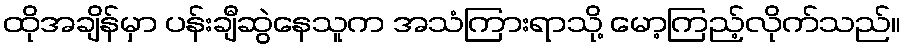
ထိုအချိန်မှာ ပန်းချီဆွဲနေသူက အသံကြားရာသို့ မော့ကြည့်လိုက်သည်။